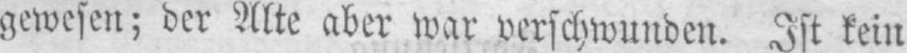
gewesen; der Alte aber war verschwunden. Ist kein